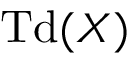
\operatorname { T d } ( X )